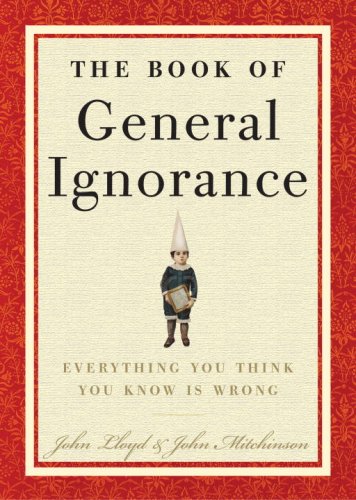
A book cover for The Book of General Ignorance; John Mitchinson; Humor & Entertainment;